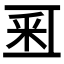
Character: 𨤏